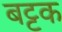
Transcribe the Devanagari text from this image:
बट्टक